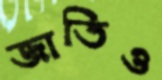
জাতিও